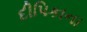
દીપિકાના